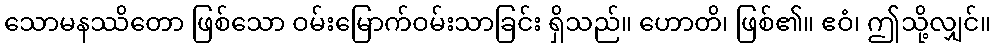
သောမနဿိတော ဖြစ်သော ဝမ်းမြောက်ဝမ်းသာခြင်း ရှိသည်။ ဟောတိ၊ ဖြစ်၏။ ဧဝံ၊ ဤသို့လျှင်။